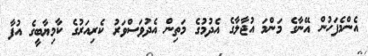
އެންމެފަހުން އޭނާގެ މަންމަ އުޖާލާގެ އެދުމުގެ މަތިން އެދުވަސްވަރު ކެރިއަރުގެ ކާމިޔާބީގެ އުފާ